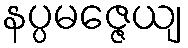
နပ္ပမဇ္ဇေယျ